Indian journal of veterinary science and animal husbandry - Volumes 15-17, 1948-1951
Year: 1948
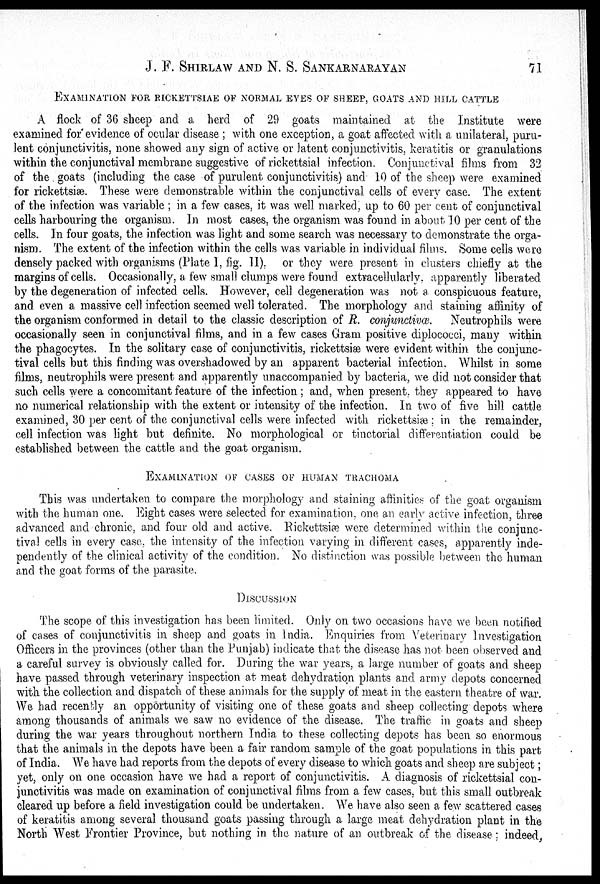
J. F. SHIRLAW AND N. S. SANKARNARAYAN 71
EXAMINATION FOR RICKETTSIAE OF NORMAL EYES OF SHEEP, GOATS AND HILL CATT
A flock of 36 sheep and a herd of 29 goats maintained at the Institute were
examined for evidence of ocular disease; with one exception, a goat affected with a unilateral, puru-
lent conjunctivitis, none showed any sign of active or latent conjunctivitis, keratitis or granulations
within the conjunctival membrane suggestive of rickettsial infection. Conjunctival films from 32
of the goats (including the case of purulent conjunctivitis) and 10 of the sheep were examined
for rickettsiæ. These were demonstrable within the conjunctival cells of every case. The extent
of the infection was variable; in a few cases, it was well marked, up to 60 per cent of conjunctival
cells harbouring the organism. In most cases, the organism was found in about 10 per cent of the
cells. In four goats, the infection was light and some search was necessary to demonstrate the orga-
nism. The extent of the infection within the cells was variable in individual films. Some cells were
densely packed with organisms (Plate I, fig. II), or they were present in clusters chiefly at the
margins of cells. Occasionally, a few small clumps were found extracellularly, apparently liberated
by the degeneration of infected cells. However, cell degeneration was not a conspicuous feature,
and even a massive cell infection seemed well tolerated. The morphology and staining affinity of
the organism conformed in detail to the classic description of R. conjunctivæ. Neutrophils were
occasionally seen in conjunctival films, and in a few cases Gram positive diplococci, many within
the phagocytes. In the solitary case of conjunctivitis, rickettsiæ were evident within the conjunc-
tival cells but this finding was overshadowed by an apparent bacterial infection. Whilst in some
films, neutrophils were present and apparently unaccompanied by bacteria, we did not consider that
such cells were a concomitant feature of the infection; and, when present, they appeared to have
no numerical relationship with the extent or intensity of the infection. In two of five hill cattle
examined, 30 per cent of the conjunctival cells were infected with rickettsiæ; in the remainder,
cell infection was light but definite. No morphological or tinctorial differentiation could be
established between the cattle and the goat organism.
EXAMINATION OF CASES OF HUMAN TRACHOMA
This was undertaken to compare the morphology and staining affinities of the goat organism
with the human one. Eight cases were selected for examination, one an early active infection, three
advanced and chronic, and four old and active. Rickettsiæ were determined within the conjunc-
tival cells in every case, the intensity of the infection varying in different cases, apparently inde-
pendently of the clinical activity of the condition. No distinction was possible between the human
and the goat forms of the parasite.
DISCUSSION
The scope of this investigation has been limited. Only on two occasions have we been notified
of cases of conjunctivitis in sheep and goats in India. Enquiries from Veterinary Investigation
Officers in the provinces (other than the Punjab) indicate that the disease has not been observed and
a careful survey is obviously called for. During the war years, a large number of goats and sheep
have passed through veterinary inspection at meat dehydration plants and army depots concerned
with the collection and dispatch of these animals for the supply of meat in the eastern theatre of war.
We had recently an opportunity of visiting one of these goats and sheep collecting depots where
among thousands of animals we saw no evidence of the disease. The traffic in goats and sheep
during the war years throughout northern India to these collecting depots has been so enormous
that the animals in the depots have been a fair random sample of the goat populations in this part
of India. We have had reports from the depots of every disease to which goats and sheep are subject;
yet, only on one occasion have we had a report of conjunctivitis. A diagnosis of rickettsial con-
junctivitis was made on examination of conjunctival films from a few cases, but this small outbreak
cleared up before a field investigation could be undertaken. We have also seen a few scattered cases
of keratitis among several thousand goats passing through a large meat dehydration plant in the
North West Frontier Province, but nothing in the nature of an outbreak of the disease; indeed,